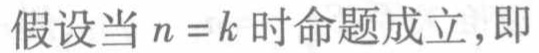
假设当 \(n = k\) 时命题成立，即